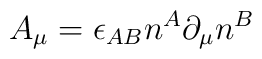
A_\mu =\epsilon _{AB}n^A\partial _\mu n^B